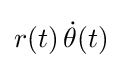
{\textstyle r(t)\,{\dot {\theta }}(t)}